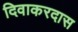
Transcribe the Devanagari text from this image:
दिवाकरदास